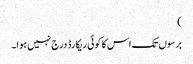
)
برسوں تک اس کا کوئی ریکارڈ درج نہیں ہوا۔